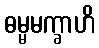
ဓမ္မမက္ခာဟိ